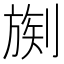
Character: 𪟒